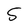
Character: 5